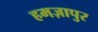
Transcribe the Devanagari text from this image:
हमज़ापुर